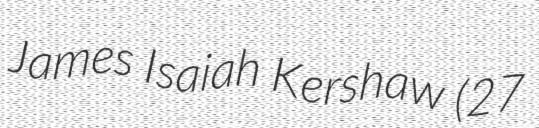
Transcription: James Isaiah Kershaw (27